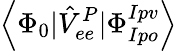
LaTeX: \left<\Phi_{0}|\hat{V}_{ee}^{P}|\Phi_{Ipo}^{Ipv}\right>